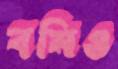
বমিও